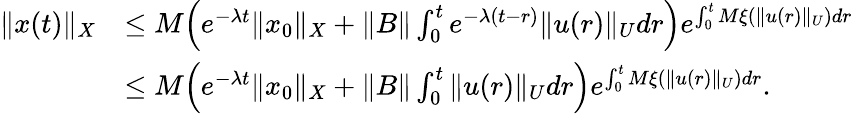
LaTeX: \begin{array}{rl}{\| x(t)\| _{X}}&{\leq M\Big(e^{-\lambda t}\| x_{0}\| _{X}+\| B\| \int_{0}^{t}e^{-\lambda(t-r)}\| u(r)\| _{U}dr\Big)e^{\int_{0}^{t}{M\xi(\| u(r)\| _{U})dr}}}\\ &{\leq M\Big(e^{-\lambda t}\| x_{0}\| _{X}+\| B\| \int_{0}^{t}\| u(r)\| _{U}dr\Big)e^{\int_{0}^{t}{M\xi(\| u(r)\| _{U})dr}}.}\end{array}